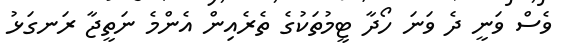
ވެސް ވަނީ ދެ ވަނަ ހޯދާ ޓީމުތަކުގެ ތެރެއިން އެންމެ ނަތީޖާ ރަނގަޅު